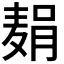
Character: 𫜓